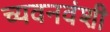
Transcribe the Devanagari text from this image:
च्यवनवंशी